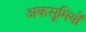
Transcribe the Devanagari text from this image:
अकसूमियों